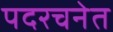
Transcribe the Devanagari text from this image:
पदरचनेत